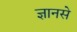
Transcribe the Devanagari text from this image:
ज्ञानसे